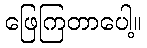
ဖြေကြတာပေါ့။